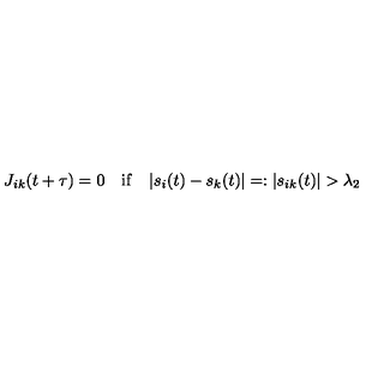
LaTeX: J _ { i k } ( t + \tau ) = 0 \quad \mathrm { i f } \quad | s _ { i } ( t ) - s _ { k } ( t ) | = : | s _ { i k } ( t ) | > \lambda _ { 2 }